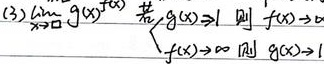
\[
(3)\lim_{x \to \square} g(x)^{f(x)}\quad
\text{若}\begin{cases}
g(x) \to 1&\text{则} f(x) \to \infty\\
f(x)\to \infty&\text{则} g(x) \to 1
\end{cases}
\]